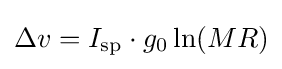
\Delta v=I_{\text{sp}}\cdot g_{0}\ln(MR)